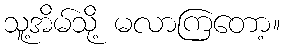
သူ့အိမ်သို့ မလာကြတော့။